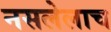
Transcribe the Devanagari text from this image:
नसलेलाच